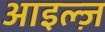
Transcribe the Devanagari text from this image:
आइल्ज़